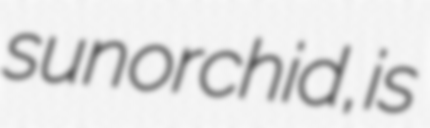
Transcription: sun orchid, is